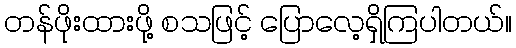
တန်ဖိုးထားဖို့ စသဖြင့် ပြောလေ့ရှိကြပါတယ်။